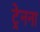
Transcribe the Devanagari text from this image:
ट्रेनना